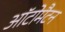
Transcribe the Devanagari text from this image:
ऑटोमैटन